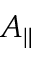
A _ { \| }